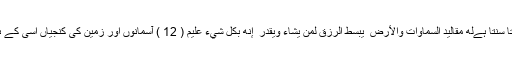
اور وہ دیکھتا سنتا ہےلَهُ مَقَالِيدُ السَّمَاوَاتِ وَالْأَرْضِ ۖ يَبْسُطُ الرِّزْقَ لِمَن يَشَاءُ وَيَقْدِرُ ۚ إِنَّهُ بِكُلِّ شَيْءٍ عَلِيمٌ ( 12 ) آسمانوں اور زمین کی کنجیاں اسی کے ہاتھ میں ہیں۔